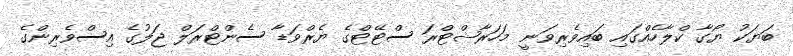
ބަޔަކު ޔޯގާ ކްލާހެއްގައި ބައިވެރިވަނީ މަހަރާޝްޓްރަ ސްޓޭޓްގެ ޔެރްވަޑާ ސެންޓްރަލް ޖަލުގެ އިސްވެރިންގެ